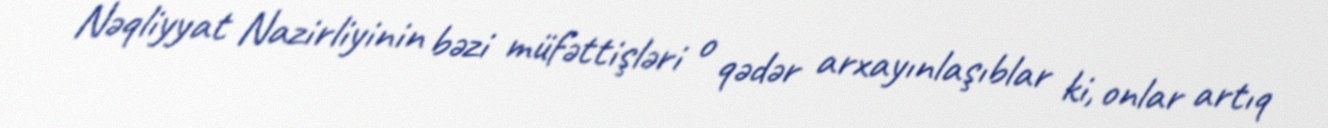
Nəqliyyat Nazirliyinin bəzi müfəttişləri o qədər arxayınlaşıblar ki, onlar artıq